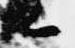
候